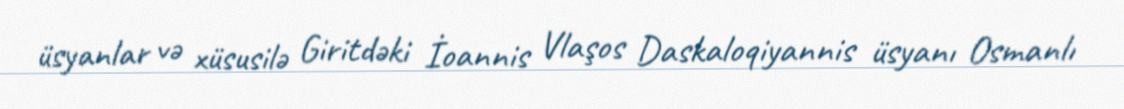
üsyanlar və xüsusilə Giritdəki İoannis Vlaşos Daskaloqiyannis üsyanı Osmanlı